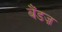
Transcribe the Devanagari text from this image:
बैंडज़